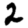
Digit: 2